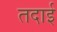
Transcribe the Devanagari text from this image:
तदाई